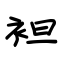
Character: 袒